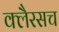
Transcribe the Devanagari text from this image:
क्लैरसच